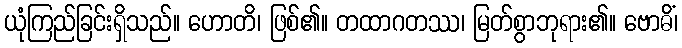
ယုံကြည်ခြင်းရှိသည်။ ဟောတိ၊ ဖြစ်၏။ တထာဂတဿ၊ မြတ်စွာဘုရား၏။ ဗောဓိံ၊